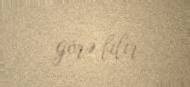
görə bilir.